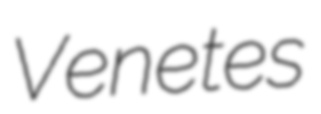
Venetes